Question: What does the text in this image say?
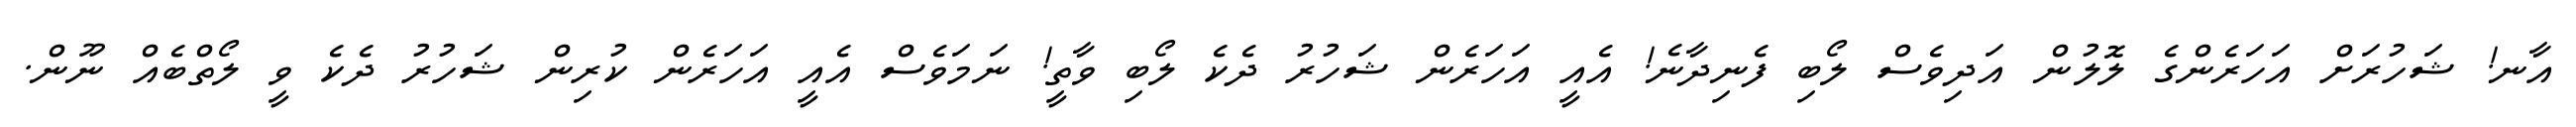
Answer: އާނ! ޝަހުރަށް އަހަރެންގެ ލޮލުން އަދިވެސް ލޯބި ފެނިދާނެ! އެއީ އަހަރެން ޝަހުރު ދެކެ ލޯބި ވާތީ! ނަމަވެސް އެއީ އަހަރެން ކުރިން ޝަހުރު ދެކެ ވީ ލޯތްބެއް ނޫން.